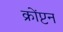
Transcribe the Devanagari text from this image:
क्रोंप्टन